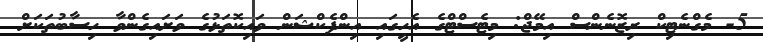
5- މެގްނެޓިކް ރިޒޮނެންސް އިމޭޖް: މިޓެސްޓްގެ އެހީގައި އިންފެކްޝަން ވައިކޮތަޅުގެ ވަށައިގެންވާ ހިސާބުތަކަށް